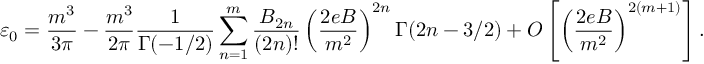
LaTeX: \varepsilon _ { 0 } = \frac { m ^ { 3 } } { 3 \pi } - \frac { m ^ { 3 } } { 2 \pi } \frac { 1 } { \Gamma ( - 1 / 2 ) } \sum _ { n = 1 } ^ { m } \frac { B _ { 2 n } } { ( 2 n ) ! } \left( \frac { 2 e B } { m ^ { 2 } } \right) ^ { 2 n } \Gamma ( 2 n - 3 / 2 ) + O \left[ \left( \frac { 2 e B } { m ^ { 2 } } \right) ^ { 2 ( m + 1 ) } \right] .